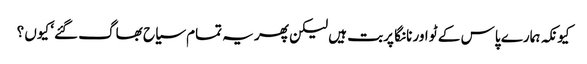
کیونکہ ہمارے پاس کے ٹو اور نانگا پربت ہیں لیکن پھر یہ تمام سیاح بھاگ گئے‘ کیوں ؟